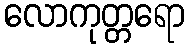
လောကုတ္တရော